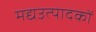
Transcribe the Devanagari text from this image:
मद्यउत्पादकों